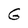
Character: G